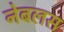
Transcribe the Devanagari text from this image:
नेबलस